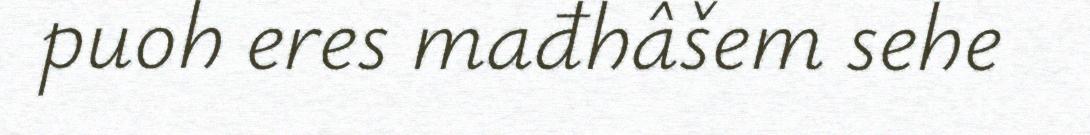
puoh eres mađhâšem sehe